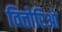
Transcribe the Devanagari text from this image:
वित्तोरिओ